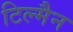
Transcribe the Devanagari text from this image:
टिल्मैन